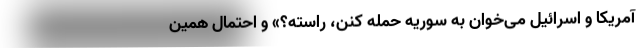
آمریکا و اسرائیل می‌خوان به سوریه حمله کنن، راسته؟» و احتمال همین